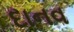
દાનવ